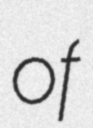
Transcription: of